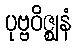
ပုဗ္ဗဝိဇ္ဈနံ